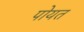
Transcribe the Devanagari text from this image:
पोयत